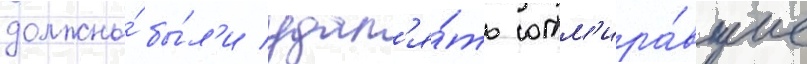
должны́ бы́л'и удал'я́ть отм'ира́вшие